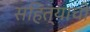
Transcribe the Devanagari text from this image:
सहित्याची